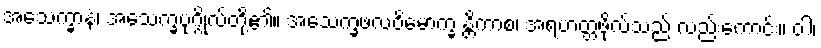
အသေက္ခာနံ၊ အသေက္ခပုဂ္ဂိုလ်တို့၏။ အသေက္ခဖလဝိမောက္ခ န္တိကာစ၊ အရဟတ္တဖိုလ်သည် လည်းကောင်း။ ဝါ၊